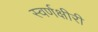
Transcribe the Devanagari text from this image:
स्वर्णक्षीरी